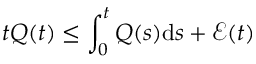
t Q ( t ) \leq \int _ { 0 } ^ { t } Q ( s ) \mathrm { d } s + \mathcal { E } ( t )